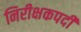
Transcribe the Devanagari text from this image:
निरीक्षकपदी